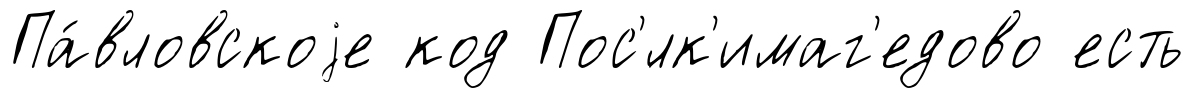
Па́вловскоjе код Пос'́лк'имаг'едово есть